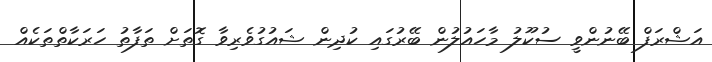
އަޝްރަފް ބޭނުންވީ ސުކޫލު މާހައުލުން ބޭރުގައި ކުދިން ޝައުގުވެރިވާ ގޮތަށް ތަފާތު ހަރަކާތްތަކެއް